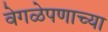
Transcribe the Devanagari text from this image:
वेगळेपणाच्या